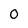
Character: 0